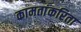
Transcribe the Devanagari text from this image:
कामतांकरिता